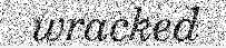
wracked